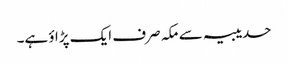
حدیبیہ سے مکہ صرف ایک پڑاؤ ہے۔